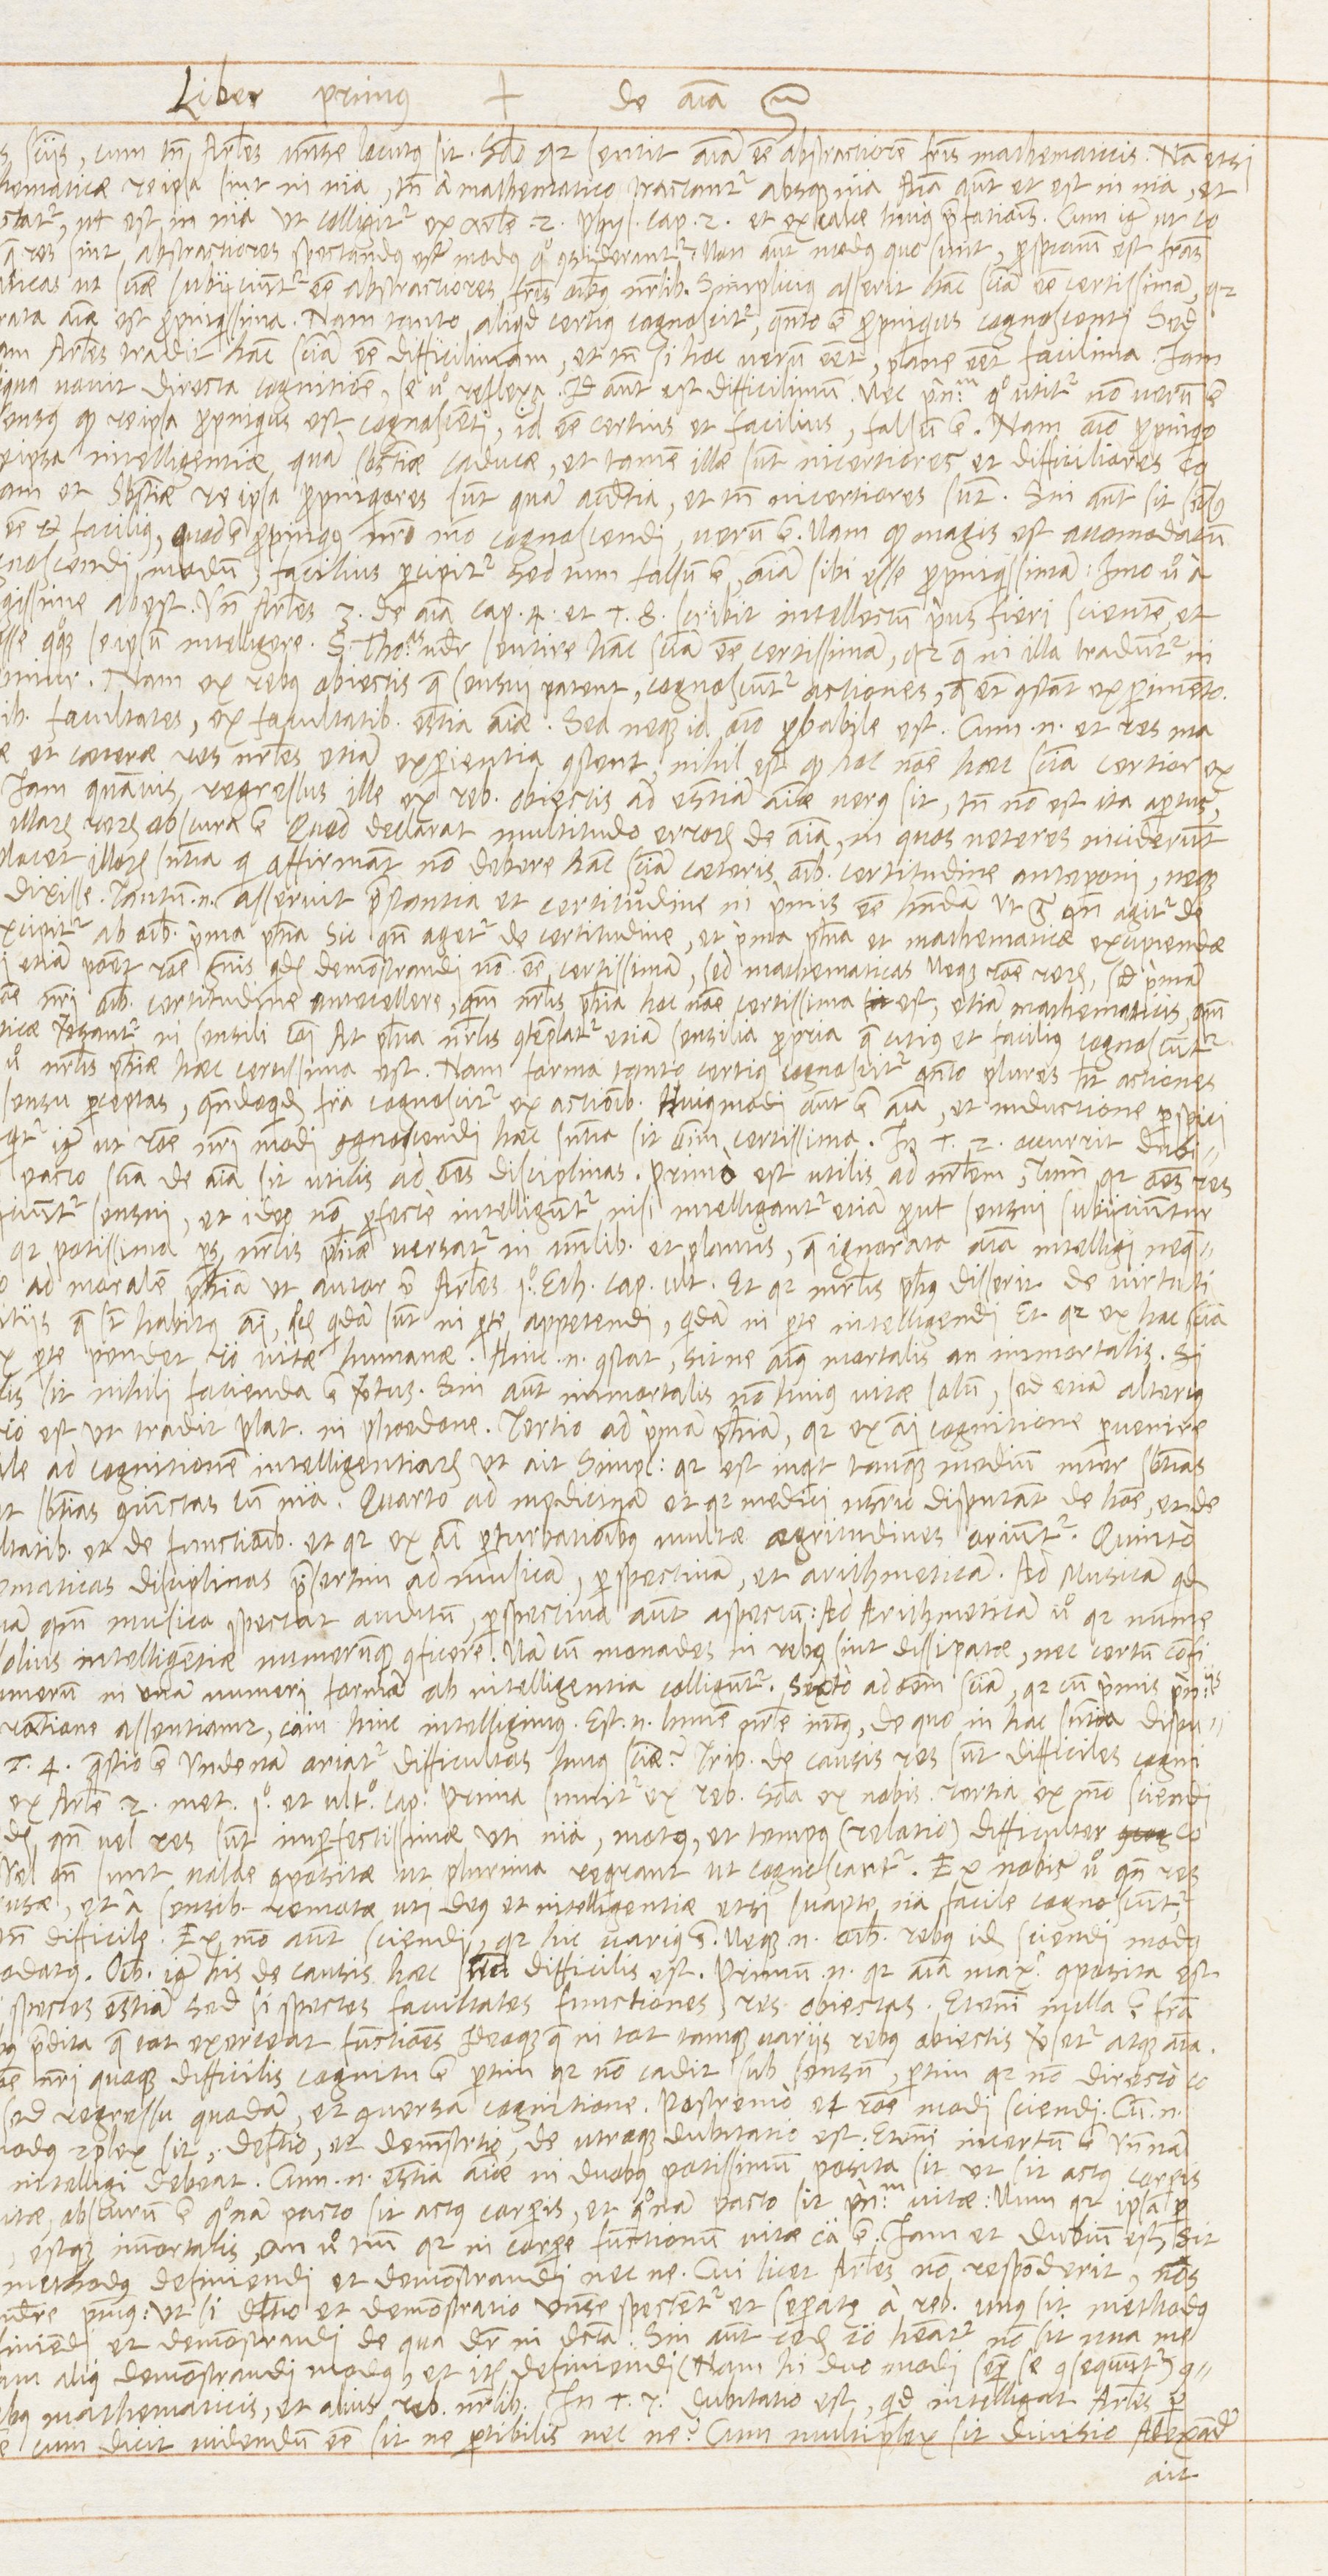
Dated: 1568–1569